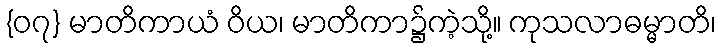
{၀၇} မာတိကာယံ ဝိယ၊ မာတိကာ၌ကဲ့သို့။ ကုသလာဓမ္မာတိ၊